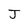
Character: J